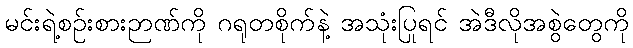
မင်းရဲ့စဉ်းစားဉာဏ်ကို ဂရုတစိုက်နဲ့ အသုံးပြုရင် အဲဒီလိုအစွဲတွေကို